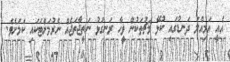
އެއީ އަމިއްލަ ދަނޑުގައި ކުޅޭ މެޗުތަކުން ވީހާ ރަނގަޅު ނަތީޖާތަޖެއް ނެރުމަށްޓަކައި ކަމަށެވެ.